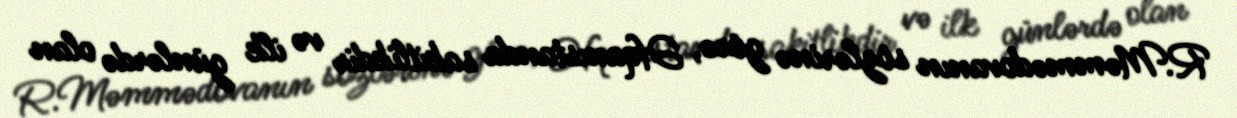
R.Məmmədovanın sözlərinə görə, Əfqanıstanda sakitlikdir və ilk günlərdə olan